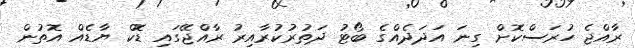
ރާއްޖެ ހުރަސްކޮށް ގިނަ އަދަދެއްގެ ބޯޓު ދަތުރުކުރާއިރު ރާއްޖޭގައި ޑޮކް ޔާޑެއް އޮތުން